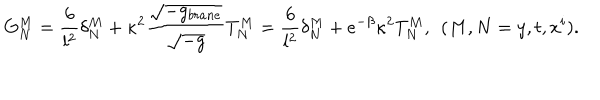
G _ { N } ^ { M } = \frac { 6 } { l ^ { 2 } } \delta _ { N } ^ { M } + \kappa ^ { 2 } \frac { \sqrt { - g _ { b r a n e } } } { \sqrt { - g } } T _ { N } ^ { M } = \frac { 6 } { l ^ { 2 } } \delta _ { N } ^ { M } + e ^ { - \beta } \kappa ^ { 2 } T _ { N } ^ { M } , \: \: ( M , N = y , t , x ^ { i } ) .